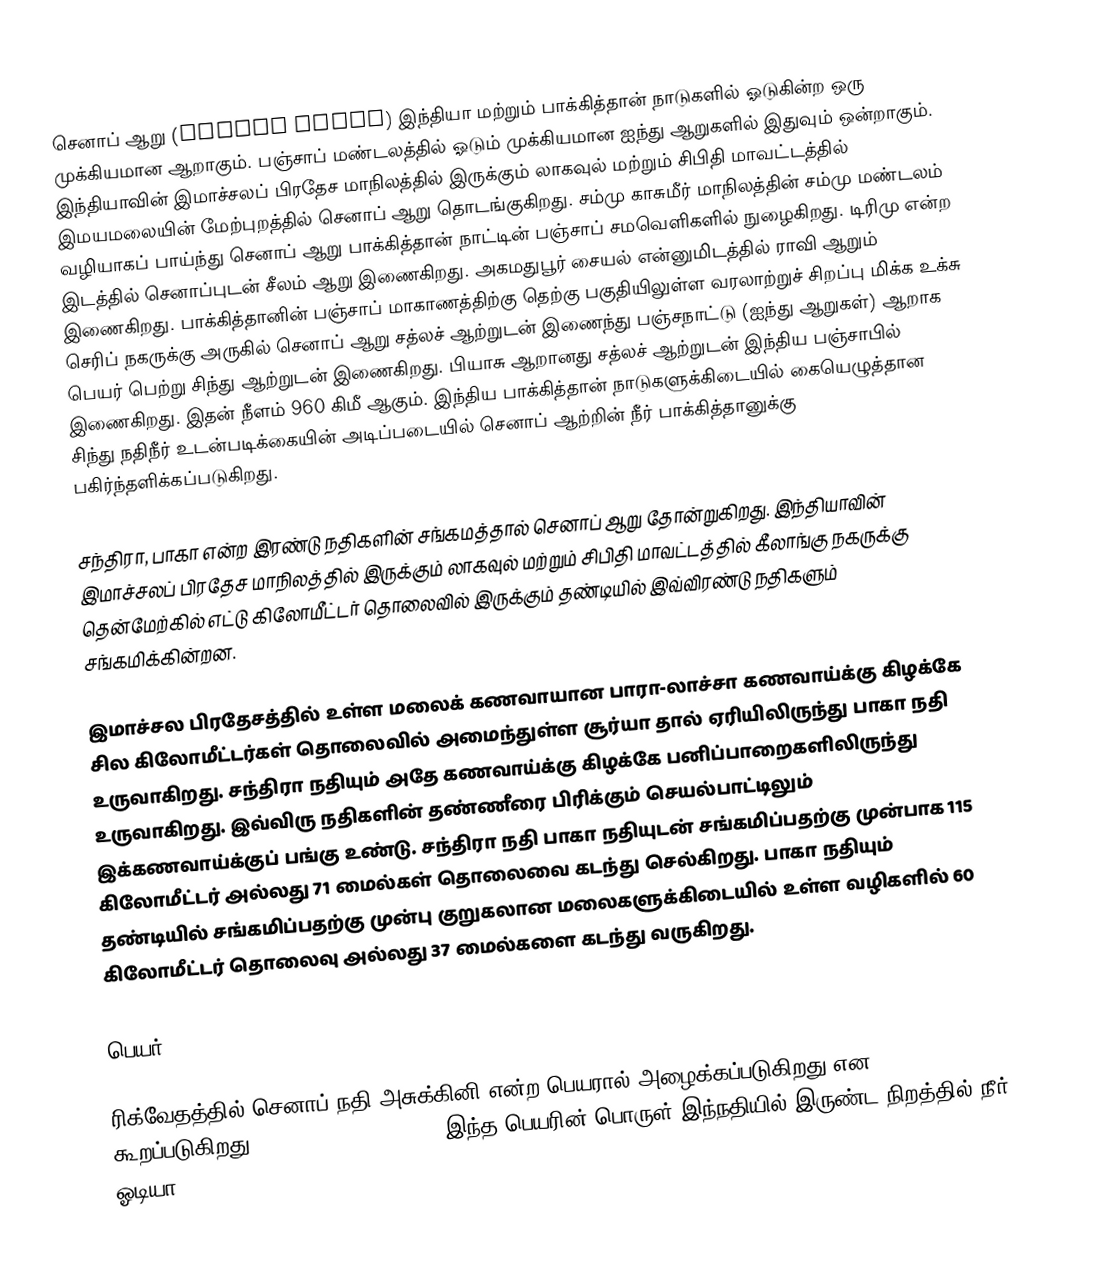
செனாப் ஆறு (Chenab River) இந்தியா மற்றும் பாக்கித்தான் நாடுகளில் ஓடுகின்ற ஒரு முக்கியமான ஆறாகும். பஞ்சாப் மண்டலத்தில் ஓடும் முக்கியமான ஐந்து ஆறுகளில் இதுவும் ஒன்றாகும். இந்தியாவின் இமாச்சலப் பிரதேச மாநிலத்தில் இருக்கும் லாகவுல் மற்றும் சிபிதி மாவட்டத்தில் இமயமலையின் மேற்புறத்தில் செனாப் ஆறு தொடங்குகிறது. சம்மு காசுமீர் மாநிலத்தின் சம்மு மண்டலம் வழியாகப் பாய்ந்து செனாப் ஆறு பாக்கித்தான் நாட்டின் பஞ்சாப் சமவெளிகளில் நுழைகிறது. டிரிமு என்ற இடத்தில் செனாப்புடன் சீலம் ஆறு இணைகிறது. அகமதுபூர் சையல் என்னுமிடத்தில் ராவி ஆறும் இணைகிறது. பாக்கித்தானின் பஞ்சாப் மாகாணத்திற்கு தெற்கு பகுதியிலுள்ள வரலாற்றுச் சிறப்பு மிக்க உக்சு செரிப் நகருக்கு அருகில் செனாப் ஆறு சத்லச் ஆற்றுடன் இணைந்து பஞ்சநாட்டு (ஐந்து ஆறுகள்) ஆறாக பெயர் பெற்று சிந்து ஆற்றுடன் இணைகிறது. பியாசு ஆறானது சத்லச் ஆற்றுடன் இந்திய பஞ்சாபில் இணைகிறது. இதன் நீளம் 960 கிமீ ஆகும். இந்திய பாக்கித்தான் நாடுகளுக்கிடையில் கையெழுத்தான சிந்து நதிநீர் உடன்படிக்கையின் அடிப்படையில் செனாப் ஆற்றின் நீர் பாக்கித்தானுக்கு பகிர்ந்தளிக்கப்படுகிறது.

சந்திரா, பாகா என்ற இரண்டு நதிகளின் சங்கமத்தால் செனாப் ஆறு தோன்றுகிறது. இந்தியாவின் இமாச்சலப் பிரதேச மாநிலத்தில் இருக்கும் லாகவுல் மற்றும் சிபிதி மாவட்டத்தில் கீலாங்கு நகருக்கு தென்மேற்கில் எட்டு கிலோமீட்டர் தொலைவில் இருக்கும் தண்டியில் இவ்விரண்டு நதிகளும் சங்கமிக்கின்றன.

இமாச்சல பிரதேசத்தில் உள்ள மலைக் கணவாயான பாரா-லாச்சா கணவாய்க்கு  கிழக்கே சில கிலோமீட்டர்கள் தொலைவில் அமைந்துள்ள சூர்யா தால் ஏரியிலிருந்து பாகா நதி உருவாகிறது. சந்திரா நதியும் அதே கணவாய்க்கு கிழக்கே பனிப்பாறைகளிலிருந்து உருவாகிறது. இவ்விரு நதிகளின் தண்ணீரை பிரிக்கும் செயல்பாட்டிலும் இக்கணவாய்க்குப்  பங்கு உண்டு. சந்திரா நதி பாகா நதியுடன் சங்கமிப்பதற்கு முன்பாக 115 கிலோமீட்டர் அல்லது 71 மைல்கள் தொலைவை கடந்து செல்கிறது. பாகா நதியும் தண்டியில் சங்கமிப்பதற்கு முன்பு குறுகலான மலைகளுக்கிடையில் உள்ள வழிகளில் 60 கிலோமீட்டர் தொலைவு அல்லது 37 மைல்களை கடந்து வருகிறது.

பெயர்

ரிக்வேதத்தில் செனாப் நதி அசுக்கினி என்ற பெயரால் அழைக்கப்படுகிறது என கூறப்படுகிறது. (VIII.20.25, X.75.5). இந்த பெயரின் பொருள் இந்நதியில் இருண்ட நிறத்தில்  நீர் ஓடியா